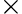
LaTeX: \mathrm{\times}